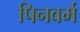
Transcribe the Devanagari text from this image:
पिनवर्म